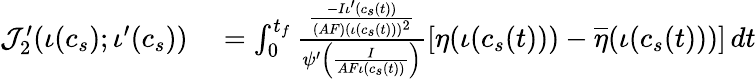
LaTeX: \begin{array}{rl}{\mathcal{J}_{2}^{\prime}(\iota(c_{s});\iota^{\prime}(c_{s}))}&{{}=\int_{0}^{t_{f}}\frac{\frac{-I\iota^{\prime}(c_{s}(t))}{(AF)(\iota(c_{s}(t)))^{2}}}{\psi^{\prime}\left(\frac{I}{AF\iota(c_{s}(t))}\right)}\left[\eta(\iota(c_{s}(t)))-\overline{{\eta}}(\iota(c_{s}(t)))\right]\, dt}\end{array}